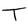
Character: T